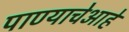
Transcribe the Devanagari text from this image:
पाण्याचेआहे